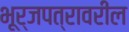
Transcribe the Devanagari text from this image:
भूर्जपत्रावरील